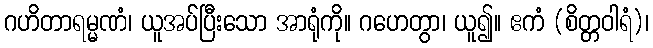
ဂဟိတာရမ္မဏံ၊ ယူအပ်ပြီးသော အာရုံကို။ ဂဟေတွာ၊ ယူ၍။ ဧကံ (စိတ္တဝါရံ)၊